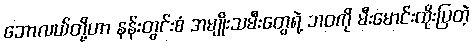
ဘောလယ်တို့ဟာ နန်းတွင်းစံ အမျိုးသမီးတွေရဲ့ ဘဝကို မီးမောင်းထိုးပြတဲ့